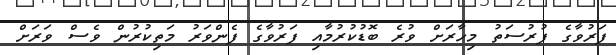
ފަރުވާގެ ފުރުސަތު މިހާރަށް ވުރެ ބޮޑުކުރުމާއި ފަރުވާގެ ފެންވަރު މަތިކުރުން ވެސް ވަރަށް